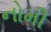
નોમી